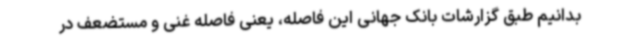
بدانیم طبق گزارشات بانک جهانی این فاصله، یعنی فاصله غنی و مستضعف در